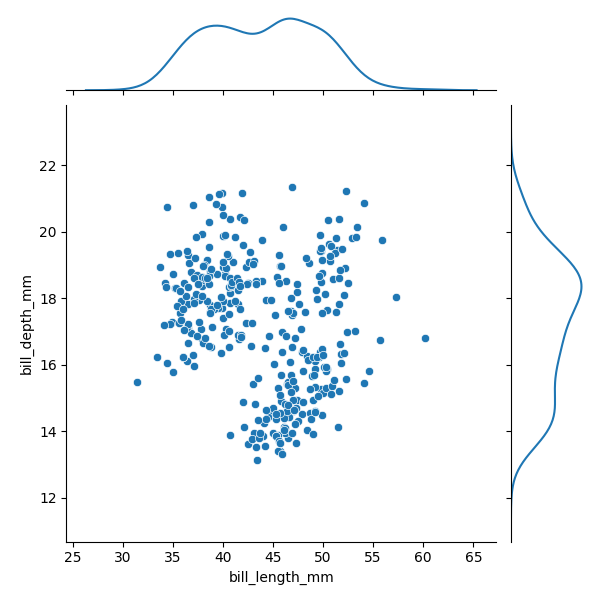
python, seaborn, JointGrid, scatterplot, kdeplot